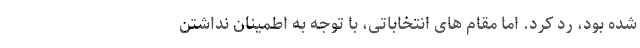
شده بود، رد کرد. اما مقام های انتخاباتی، با توجه به اطمینان نداشتن